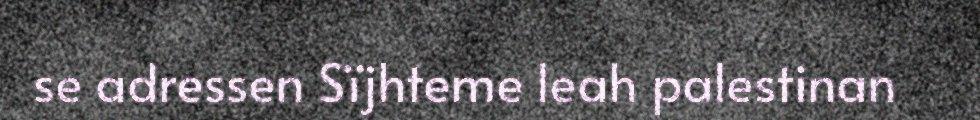
se adressen Sïjhteme leah palestinan